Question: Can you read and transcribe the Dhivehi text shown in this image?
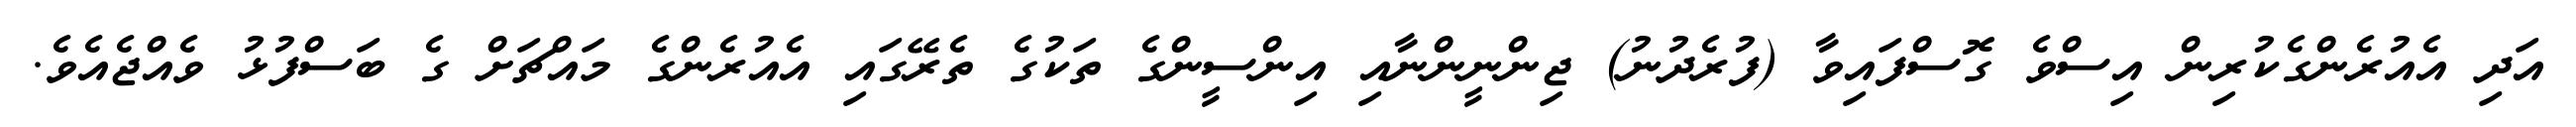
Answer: އަދި އެއުރެންގެކުރިން އިސްވެ ގޮސްފައިވާ (ފުރެދުނު) ޖިންނީންނާއި އިންސީންގެ ތަކުގެ ތެރޭގައި އެއުރެންގެ މައްޗަށް ގެ ބަސްފުޅު ވެއްޖެއެވެ.